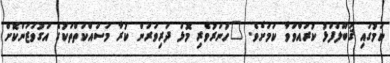
ކަމުގައި ޤަބޫލުފުޅު ކުރައްވަވާ ކަމަށެވެ. "ހުނަރުވެރި މޮޅު ދަރިވަރުން ކުރާ މަސައްކަތްތަކުގެ އަގުވަޒަންކޮށް